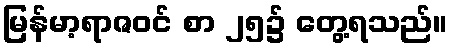
မြန်မာ့ရာဇဝင် စာ ၂၅၌ တွေ့ရသည်။